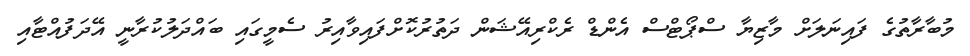
މުބާރާތުގެ ފައިނަލަށް މާޒިޔާ ސްޕޯޓްސް އެންޑް ރެކްރިއޭޝަން ދަތުރުކޮށްފައިވާއިރު ސެމީގައި ބައްދަލުކުރާނީ އޭދަފުއްޓާއި